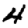
Digit: 4